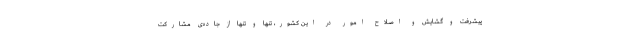
پیشرفت و گشایش و اصلاح امور در این کشور، تنها و تنها از جاده‌ی مشارکت